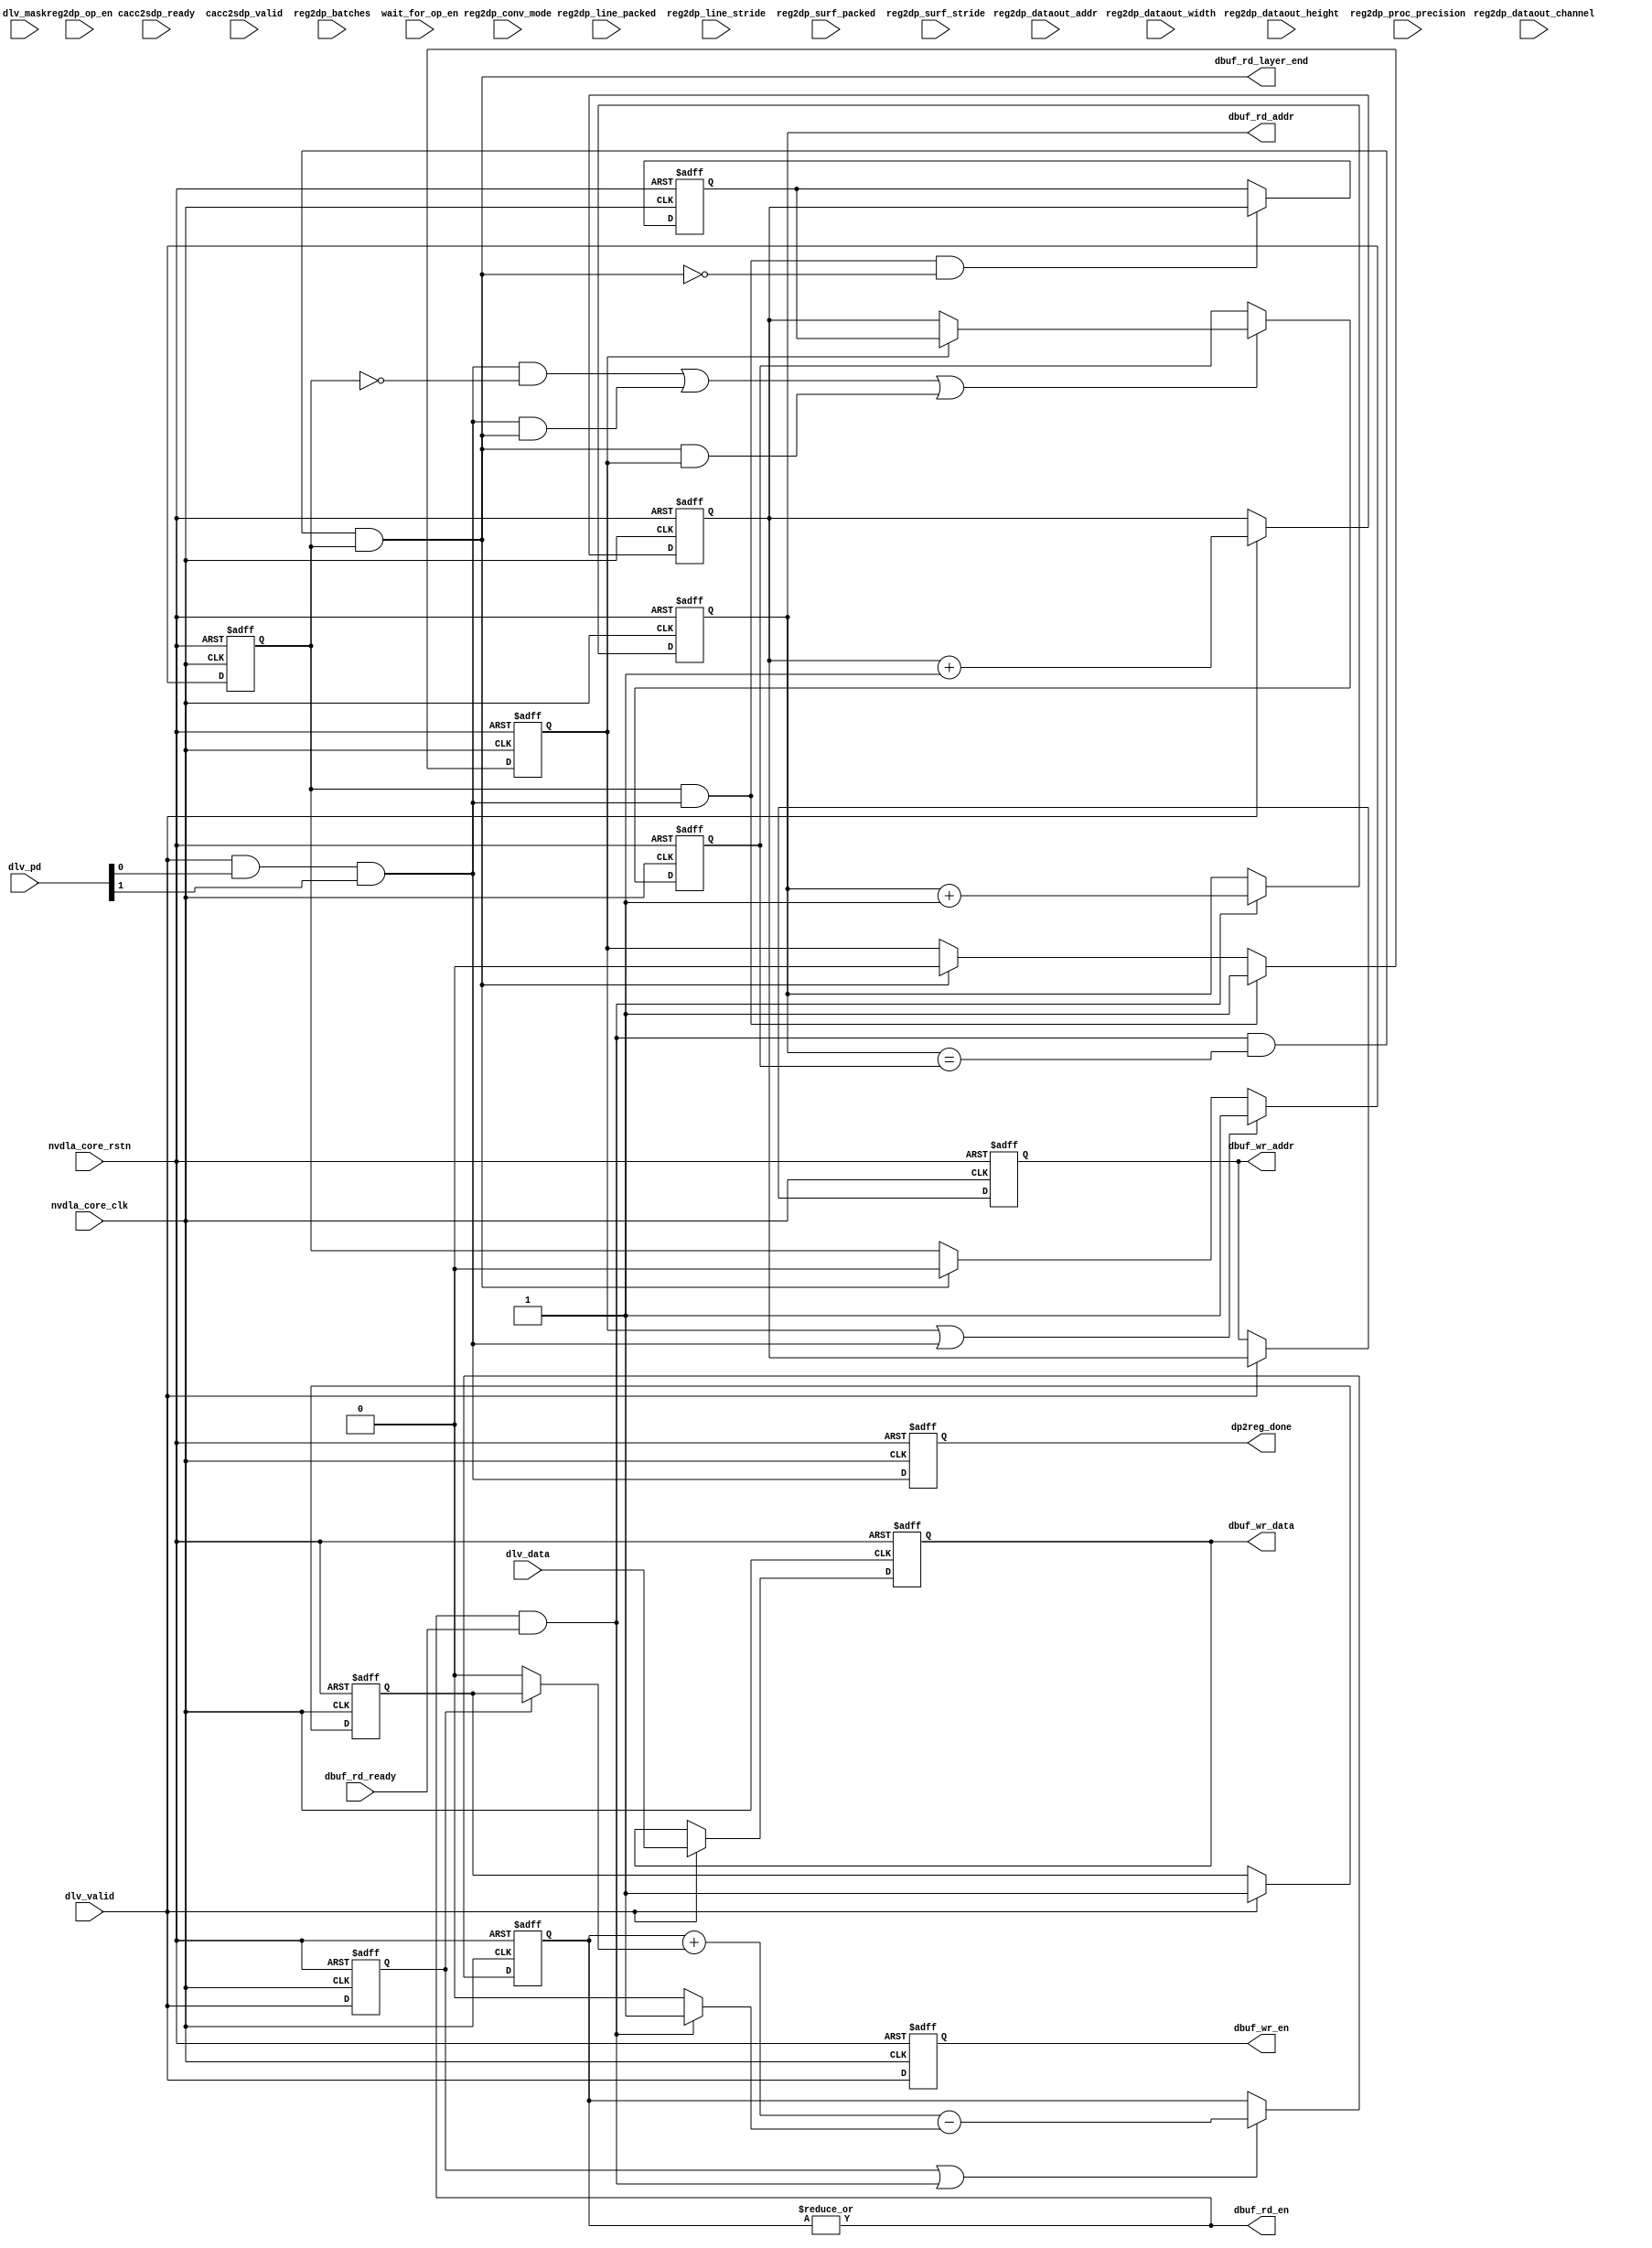
// ================================================================
// NVDLA Open Source Project
//
// Copyright(c) 2016 - 2017 NVIDIA Corporation. Licensed under the
// NVDLA Open Hardware License; Check "LICENSE" which comes with
// this distribution for more information.
// ================================================================
// ================================================================
// NVDLA Open Source Project
// 
// Copyright(c) 2016 - 2017 NVIDIA Corporation.  Licensed under the
// NVDLA Open Hardware License; Check "LICENSE" which comes with 
// this distribution for more information.
// ================================================================
module NV_NVDLA_CACC_delivery_ctrl (
   nvdla_core_clk
  ,nvdla_core_rstn
  ,cacc2sdp_ready
  ,cacc2sdp_valid
  ,dbuf_rd_ready
  ,dlv_data
  ,dlv_mask
  ,dlv_pd
  ,dlv_valid
  ,reg2dp_batches
  ,reg2dp_conv_mode
  ,reg2dp_dataout_addr
  ,reg2dp_dataout_channel
  ,reg2dp_dataout_height
  ,reg2dp_dataout_width
  ,reg2dp_line_packed
  ,reg2dp_line_stride
  ,reg2dp_op_en
  ,reg2dp_proc_precision
  ,reg2dp_surf_packed
  ,reg2dp_surf_stride
  ,wait_for_op_en
  ,dbuf_rd_addr
  ,dbuf_rd_en
  ,dbuf_rd_layer_end
  ,dbuf_wr_addr
  ,dbuf_wr_data
  ,dbuf_wr_en
  ,dp2reg_done
  );
input [0:0] reg2dp_op_en;
input [0:0] reg2dp_conv_mode;
input [1:0] reg2dp_proc_precision;
input [12:0] reg2dp_dataout_width;
input [12:0] reg2dp_dataout_height;
input [12:0] reg2dp_dataout_channel;
input [31-3:0] reg2dp_dataout_addr;
input [0:0] reg2dp_line_packed;
input [0:0] reg2dp_surf_packed;
input [4:0] reg2dp_batches;
input [23:0] reg2dp_line_stride;
input [23:0] reg2dp_surf_stride;
input nvdla_core_clk;
input nvdla_core_rstn;
input cacc2sdp_ready;
input cacc2sdp_valid;
input dbuf_rd_ready;
input[32*8 -1:0] dlv_data;
input dlv_mask;
input [1:0] dlv_pd;
input dlv_valid;
input wait_for_op_en;
output [3 +1 -1:0] dbuf_rd_addr;
output dbuf_rd_en;
output dbuf_rd_layer_end;
output [3 +1 -1:0] dbuf_wr_addr;
output [32*8 -1:0] dbuf_wr_data;
output dbuf_wr_en;
output dp2reg_done;
// spyglass disable_block NoWidthInBasedNum-ML
// spyglass disable_block STARC-2.10.1.6
//////////////////////////////////////////////////////////////
///// parse input status signal                          /////
//////////////////////////////////////////////////////////////
wire dlv_stripe_end = dlv_pd[0];
wire dlv_layer_end = dlv_pd[1];
//////////////////////////////////////////////////////////////
///// register input signal from regfile                 /////
//////////////////////////////////////////////////////////////
wire [12 -6:0] cur_channel_w = {reg2dp_dataout_channel[12 -1:5]} ;
//: my $kk = 12 -5;
//: my $aw = 32-3;
//: &eperl::flop(" -q  cur_op_en  -en wait_for_op_en & \"reg2dp_op_en\" -d  \"reg2dp_op_en\" -clk nvdla_core_clk -rst nvdla_core_rstn -rval 0");
//: &eperl::flop(" -q  cur_conv_mode  -en \"wait_for_op_en & reg2dp_op_en\" -d  \"reg2dp_conv_mode\" -clk nvdla_core_clk -rst nvdla_core_rstn -rval 0");
//: &eperl::flop("-wid 2 -q  cur_proc_precision  -en \"wait_for_op_en & reg2dp_op_en\" -d  \"reg2dp_proc_precision\" -clk nvdla_core_clk -rst nvdla_core_rstn -rval 0");
//: &eperl::flop("-wid 13 -q  cur_width  -en \"wait_for_op_en & reg2dp_op_en\" -d  \"reg2dp_dataout_width\" -clk nvdla_core_clk -rst nvdla_core_rstn -rval 0");
//: &eperl::flop("-wid 13 -q  cur_height  -en \"wait_for_op_en & reg2dp_op_en\" -d  \"reg2dp_dataout_height\" -clk nvdla_core_clk -rst nvdla_core_rstn -rval 0");
//: &eperl::flop("-wid ${kk} -q  cur_channel  -en \"wait_for_op_en & reg2dp_op_en\" -d  \"cur_channel_w\" -clk nvdla_core_clk -rst nvdla_core_rstn -rval 0");
//: &eperl::flop("-wid $aw -q  cur_dataout_addr  -en \"wait_for_op_en & reg2dp_op_en\" -d  \"reg2dp_dataout_addr\" -clk nvdla_core_clk -rst nvdla_core_rstn -rval 0");
//: &eperl::flop("-wid 5 -q  cur_batches  -en \"wait_for_op_en & reg2dp_op_en\" -d  \"reg2dp_batches\" -clk nvdla_core_clk -rst nvdla_core_rstn -rval 0");
//: &eperl::flop("-wid 24 -q  cur_line_stride  -en \"wait_for_op_en & reg2dp_op_en\" -d  \"reg2dp_line_stride\" -clk nvdla_core_clk -rst nvdla_core_rstn -rval 0");
//: &eperl::flop("-wid 24 -q  cur_surf_stride  -en \"wait_for_op_en & reg2dp_op_en\" -d  \"reg2dp_surf_stride\" -clk nvdla_core_clk -rst nvdla_core_rstn -rval 0");
//: &eperl::flop(" -q  cur_line_packed  -en \"wait_for_op_en & reg2dp_op_en\" -d  \"reg2dp_line_packed\" -clk nvdla_core_clk -rst nvdla_core_rstn -rval 0");
//: &eperl::flop(" -q  cur_surf_packed  -en \"wait_for_op_en & reg2dp_op_en\" -d  \"reg2dp_surf_packed\" -clk nvdla_core_clk -rst nvdla_core_rstn -rval 0");
//| eperl: generated_beg (DO NOT EDIT BELOW)
reg  cur_op_en;
always @(posedge nvdla_core_clk or negedge nvdla_core_rstn) begin
   if (!nvdla_core_rstn) begin
       cur_op_en <= 'b0;
   end else begin
       if ((wait_for_op_en) == 1'b1) begin
           cur_op_en <= reg2dp_op_en;
       // VCS coverage off
       end else if ((wait_for_op_en) == 1'b0) begin
       end else begin
           cur_op_en <= 'bx;
       // VCS coverage on
       end
   end
end
reg  cur_conv_mode;
always @(posedge nvdla_core_clk or negedge nvdla_core_rstn) begin
   if (!nvdla_core_rstn) begin
       cur_conv_mode <= 'b0;
   end else begin
       if ((wait_for_op_en & reg2dp_op_en) == 1'b1) begin
           cur_conv_mode <= reg2dp_conv_mode;
       // VCS coverage off
       end else if ((wait_for_op_en & reg2dp_op_en) == 1'b0) begin
       end else begin
           cur_conv_mode <= 'bx;
       // VCS coverage on
       end
   end
end
reg [1:0] cur_proc_precision;
always @(posedge nvdla_core_clk or negedge nvdla_core_rstn) begin
   if (!nvdla_core_rstn) begin
       cur_proc_precision <= 'b0;
   end else begin
       if ((wait_for_op_en & reg2dp_op_en) == 1'b1) begin
           cur_proc_precision <= reg2dp_proc_precision;
       // VCS coverage off
       end else if ((wait_for_op_en & reg2dp_op_en) == 1'b0) begin
       end else begin
           cur_proc_precision <= 'bx;
       // VCS coverage on
       end
   end
end
reg [12:0] cur_width;
always @(posedge nvdla_core_clk or negedge nvdla_core_rstn) begin
   if (!nvdla_core_rstn) begin
       cur_width <= 'b0;
   end else begin
       if ((wait_for_op_en & reg2dp_op_en) == 1'b1) begin
           cur_width <= reg2dp_dataout_width;
       // VCS coverage off
       end else if ((wait_for_op_en & reg2dp_op_en) == 1'b0) begin
       end else begin
           cur_width <= 'bx;
       // VCS coverage on
       end
   end
end
reg [12:0] cur_height;
always @(posedge nvdla_core_clk or negedge nvdla_core_rstn) begin
   if (!nvdla_core_rstn) begin
       cur_height <= 'b0;
   end else begin
       if ((wait_for_op_en & reg2dp_op_en) == 1'b1) begin
           cur_height <= reg2dp_dataout_height;
       // VCS coverage off
       end else if ((wait_for_op_en & reg2dp_op_en) == 1'b0) begin
       end else begin
           cur_height <= 'bx;
       // VCS coverage on
       end
   end
end
reg [6:0] cur_channel;
always @(posedge nvdla_core_clk or negedge nvdla_core_rstn) begin
   if (!nvdla_core_rstn) begin
       cur_channel <= 'b0;
   end else begin
       if ((wait_for_op_en & reg2dp_op_en) == 1'b1) begin
           cur_channel <= cur_channel_w;
       // VCS coverage off
       end else if ((wait_for_op_en & reg2dp_op_en) == 1'b0) begin
       end else begin
           cur_channel <= 'bx;
       // VCS coverage on
       end
   end
end
reg [28:0] cur_dataout_addr;
always @(posedge nvdla_core_clk or negedge nvdla_core_rstn) begin
   if (!nvdla_core_rstn) begin
       cur_dataout_addr <= 'b0;
   end else begin
       if ((wait_for_op_en & reg2dp_op_en) == 1'b1) begin
           cur_dataout_addr <= reg2dp_dataout_addr;
       // VCS coverage off
       end else if ((wait_for_op_en & reg2dp_op_en) == 1'b0) begin
       end else begin
           cur_dataout_addr <= 'bx;
       // VCS coverage on
       end
   end
end
reg [4:0] cur_batches;
always @(posedge nvdla_core_clk or negedge nvdla_core_rstn) begin
   if (!nvdla_core_rstn) begin
       cur_batches <= 'b0;
   end else begin
       if ((wait_for_op_en & reg2dp_op_en) == 1'b1) begin
           cur_batches <= reg2dp_batches;
       // VCS coverage off
       end else if ((wait_for_op_en & reg2dp_op_en) == 1'b0) begin
       end else begin
           cur_batches <= 'bx;
       // VCS coverage on
       end
   end
end
reg [23:0] cur_line_stride;
always @(posedge nvdla_core_clk or negedge nvdla_core_rstn) begin
   if (!nvdla_core_rstn) begin
       cur_line_stride <= 'b0;
   end else begin
       if ((wait_for_op_en & reg2dp_op_en) == 1'b1) begin
           cur_line_stride <= reg2dp_line_stride;
       // VCS coverage off
       end else if ((wait_for_op_en & reg2dp_op_en) == 1'b0) begin
       end else begin
           cur_line_stride <= 'bx;
       // VCS coverage on
       end
   end
end
reg [23:0] cur_surf_stride;
always @(posedge nvdla_core_clk or negedge nvdla_core_rstn) begin
   if (!nvdla_core_rstn) begin
       cur_surf_stride <= 'b0;
   end else begin
       if ((wait_for_op_en & reg2dp_op_en) == 1'b1) begin
           cur_surf_stride <= reg2dp_surf_stride;
       // VCS coverage off
       end else if ((wait_for_op_en & reg2dp_op_en) == 1'b0) begin
       end else begin
           cur_surf_stride <= 'bx;
       // VCS coverage on
       end
   end
end
reg  cur_line_packed;
always @(posedge nvdla_core_clk or negedge nvdla_core_rstn) begin
   if (!nvdla_core_rstn) begin
       cur_line_packed <= 'b0;
   end else begin
       if ((wait_for_op_en & reg2dp_op_en) == 1'b1) begin
           cur_line_packed <= reg2dp_line_packed;
       // VCS coverage off
       end else if ((wait_for_op_en & reg2dp_op_en) == 1'b0) begin
       end else begin
           cur_line_packed <= 'bx;
       // VCS coverage on
       end
   end
end
reg  cur_surf_packed;
always @(posedge nvdla_core_clk or negedge nvdla_core_rstn) begin
   if (!nvdla_core_rstn) begin
       cur_surf_packed <= 'b0;
   end else begin
       if ((wait_for_op_en & reg2dp_op_en) == 1'b1) begin
           cur_surf_packed <= reg2dp_surf_packed;
       // VCS coverage off
       end else if ((wait_for_op_en & reg2dp_op_en) == 1'b0) begin
       end else begin
           cur_surf_packed <= 'bx;
       // VCS coverage on
       end
   end
end

//| eperl: generated_end (DO NOT EDIT ABOVE)
//////////////////////////////////////////////////////////////
///// generate current status signals                    /////
//////////////////////////////////////////////////////////////
wire is_int8_w = (reg2dp_proc_precision == 2'h0);
wire is_int8 = (cur_proc_precision == 2'h0);
wire is_winograd = 1'b0;
//////////////////////////////////////////////////////////////
///// generate write signal, 1 pipe for write data
//////////////////////////////////////////////////////////////
wire dbuf_wr_en_w = dlv_valid;
wire [32*8 -1:0] dbuf_wr_data_w = dlv_data;
reg [3 +1 -1:0] dbuf_wr_addr_pre;
reg [3 +1 -1:0] dbuf_wr_addr;
wire [3 +1 -1:0] dbuf_wr_addr_w;
wire mon_dbuf_wr_addr_w;
assign {mon_dbuf_wr_addr_w, dbuf_wr_addr_w} = dbuf_wr_addr_pre + 1'b1;
//: my $kk=32*8;
//: &eperl::flop("-nodeclare -q  dbuf_wr_addr_pre  -en \"dlv_valid\" -d  \"dbuf_wr_addr_w\" -clk nvdla_core_clk -rst nvdla_core_rstn -rval 0");
//: &eperl::flop("-nodeclare -q  dbuf_wr_addr  -en \"dlv_valid\" -d  \"dbuf_wr_addr_pre\" -clk nvdla_core_clk -rst nvdla_core_rstn -rval 0");
//: &eperl::flop(" -q  dbuf_wr_en -d  \"dbuf_wr_en_w\" -clk nvdla_core_clk -rst nvdla_core_rstn -rval 0");
//: &eperl::flop("-wid ${kk} -q  dbuf_wr_data  -en \"dbuf_wr_en_w\" -d  \"dbuf_wr_data_w\" -clk nvdla_core_clk -rst nvdla_core_rstn");
//| eperl: generated_beg (DO NOT EDIT BELOW)
always @(posedge nvdla_core_clk or negedge nvdla_core_rstn) begin
   if (!nvdla_core_rstn) begin
       dbuf_wr_addr_pre <= 'b0;
   end else begin
       if ((dlv_valid) == 1'b1) begin
           dbuf_wr_addr_pre <= dbuf_wr_addr_w;
       // VCS coverage off
       end else if ((dlv_valid) == 1'b0) begin
       end else begin
           dbuf_wr_addr_pre <= 'bx;
       // VCS coverage on
       end
   end
end
always @(posedge nvdla_core_clk or negedge nvdla_core_rstn) begin
   if (!nvdla_core_rstn) begin
       dbuf_wr_addr <= 'b0;
   end else begin
       if ((dlv_valid) == 1'b1) begin
           dbuf_wr_addr <= dbuf_wr_addr_pre;
       // VCS coverage off
       end else if ((dlv_valid) == 1'b0) begin
       end else begin
           dbuf_wr_addr <= 'bx;
       // VCS coverage on
       end
   end
end
reg  dbuf_wr_en;
always @(posedge nvdla_core_clk or negedge nvdla_core_rstn) begin
   if (!nvdla_core_rstn) begin
       dbuf_wr_en <= 'b0;
   end else begin
       dbuf_wr_en <= dbuf_wr_en_w;
   end
end
reg [255:0] dbuf_wr_data;
always @(posedge nvdla_core_clk or negedge nvdla_core_rstn) begin
   if (!nvdla_core_rstn) begin
       dbuf_wr_data <= 'b0;
   end else begin
       if ((dbuf_wr_en_w) == 1'b1) begin
           dbuf_wr_data <= dbuf_wr_data_w;
       // VCS coverage off
       end else if ((dbuf_wr_en_w) == 1'b0) begin
       end else begin
           dbuf_wr_data <= 'bx;
       // VCS coverage on
       end
   end
end

//| eperl: generated_end (DO NOT EDIT ABOVE)
///// generate stored data size, add delay for write, due to ecc,could set 0 currently.
wire dlv_push_valid = dlv_valid;
wire dlv_push_size = 1'b1;
//: my $latency = 1;
//: print "wire dlv_push_valid_d0 = dlv_push_valid;\n";
//: print "wire dlv_push_size_d0 = dlv_push_size;\n";
//:
//: for(my $i = 0; $i < $latency; $i ++) {
//: my $j = $i + 1;
//: &eperl::flop(" -q  dlv_push_valid_d${j}  -d \"dlv_push_valid_d${i}\" -clk nvdla_core_clk -rst nvdla_core_rstn -rval 0");
//: &eperl::flop(" -q  dlv_push_size_d${j}  -en \"dlv_push_valid_d${i}\" -d  \"dlv_push_size_d${i}\" -clk nvdla_core_clk -rst nvdla_core_rstn -rval 0");
//: }
//:
//: print "wire dlv_data_add_valid = dlv_push_valid_d${latency};\n";
//: print "wire dlv_data_add_size = dlv_push_size_d${latency};\n";
//| eperl: generated_beg (DO NOT EDIT BELOW)
wire dlv_push_valid_d0 = dlv_push_valid;
wire dlv_push_size_d0 = dlv_push_size;
reg  dlv_push_valid_d1;
always @(posedge nvdla_core_clk or negedge nvdla_core_rstn) begin
   if (!nvdla_core_rstn) begin
       dlv_push_valid_d1 <= 'b0;
   end else begin
       dlv_push_valid_d1 <= dlv_push_valid_d0;
   end
end
reg  dlv_push_size_d1;
always @(posedge nvdla_core_clk or negedge nvdla_core_rstn) begin
   if (!nvdla_core_rstn) begin
       dlv_push_size_d1 <= 'b0;
   end else begin
       if ((dlv_push_valid_d0) == 1'b1) begin
           dlv_push_size_d1 <= dlv_push_size_d0;
       // VCS coverage off
       end else if ((dlv_push_valid_d0) == 1'b0) begin
       end else begin
           dlv_push_size_d1 <= 'bx;
       // VCS coverage on
       end
   end
end
wire dlv_data_add_valid = dlv_push_valid_d1;
wire dlv_data_add_size = dlv_push_size_d1;

//| eperl: generated_end (DO NOT EDIT ABOVE)
//// dbuffer data counter 
wire dlv_pop;
wire [8*2 -1:0] dlv_data_avl_w;
wire mon_dlv_data_avl_w;
reg [8*2 -1:0] dlv_data_avl;
wire dlv_data_avl_add = dlv_data_add_valid ? dlv_data_add_size : 1'h0;
wire dlv_data_avl_sub = dlv_pop ? 1'b1 : 1'b0;
wire dlv_data_sub_valid = dlv_pop;
assign {mon_dlv_data_avl_w,dlv_data_avl_w} = dlv_data_avl + dlv_data_avl_add - dlv_data_avl_sub;
//: my $kk=8*2;
//: &eperl::flop("-nodeclare -wid ${kk} -q  dlv_data_avl  -en \"dlv_data_add_valid | dlv_data_sub_valid\" -d  \"dlv_data_avl_w\" -clk nvdla_core_clk -rst nvdla_core_rstn -rval 0");
//| eperl: generated_beg (DO NOT EDIT BELOW)
always @(posedge nvdla_core_clk or negedge nvdla_core_rstn) begin
   if (!nvdla_core_rstn) begin
       dlv_data_avl <= 'b0;
   end else begin
       if ((dlv_data_add_valid | dlv_data_sub_valid) == 1'b1) begin
           dlv_data_avl <= dlv_data_avl_w;
       // VCS coverage off
       end else if ((dlv_data_add_valid | dlv_data_sub_valid) == 1'b0) begin
       end else begin
           dlv_data_avl <= 'bx;
       // VCS coverage on
       end
   end
end

//| eperl: generated_end (DO NOT EDIT ABOVE)
///// generate dbuf read request                
reg [3 +1 -1:0] dbuf_rd_addr_cnt;
wire [3 +1 -1:0] dbuf_rd_addr_cnt_inc;
wire mon_dbuf_rd_addr_cnt_inc;
assign dlv_pop = dbuf_rd_en & dbuf_rd_ready;
assign {mon_dbuf_rd_addr_cnt_inc,dbuf_rd_addr_cnt_inc} = dbuf_rd_addr_cnt + 1'b1;
wire dbuf_empty = ~(|dlv_data_avl);
assign dbuf_rd_en = ~dbuf_empty;
assign dbuf_rd_addr = dbuf_rd_addr_cnt;
//: &eperl::flop("-nodeclare -q  dbuf_rd_addr_cnt  -en \"dlv_pop\" -d  \"dbuf_rd_addr_cnt_inc\" -clk nvdla_core_clk -rst nvdla_core_rstn -rval 0");
//| eperl: generated_beg (DO NOT EDIT BELOW)
always @(posedge nvdla_core_clk or negedge nvdla_core_rstn) begin
   if (!nvdla_core_rstn) begin
       dbuf_rd_addr_cnt <= 'b0;
   end else begin
       if ((dlv_pop) == 1'b1) begin
           dbuf_rd_addr_cnt <= dbuf_rd_addr_cnt_inc;
       // VCS coverage off
       end else if ((dlv_pop) == 1'b0) begin
       end else begin
           dbuf_rd_addr_cnt <= 'bx;
       // VCS coverage on
       end
   end
end

//| eperl: generated_end (DO NOT EDIT ABOVE)
/////// generate dp2reg_done signal
wire dp2reg_done_w = dlv_valid & dlv_stripe_end & dlv_layer_end;
//: &eperl::flop(" -q  dp2reg_done  -d \"dp2reg_done_w\" -clk nvdla_core_clk -rst nvdla_core_rstn -rval 0");
//| eperl: generated_beg (DO NOT EDIT BELOW)
reg  dp2reg_done;
always @(posedge nvdla_core_clk or negedge nvdla_core_rstn) begin
   if (!nvdla_core_rstn) begin
       dp2reg_done <= 'b0;
   end else begin
       dp2reg_done <= dp2reg_done_w;
   end
end

//| eperl: generated_end (DO NOT EDIT ABOVE)
/////// generate output package for sdp             
reg [3 +1 -1:0] dlv_end_tag0_addr;
reg [3 +1 -1:0] dlv_end_tag1_addr;
reg dlv_end_tag0_vld;
reg dlv_end_tag1_vld;
wire dlv_end_set = dlv_valid & dlv_stripe_end & dlv_layer_end;
wire [3 +1 -1:0] dlv_end_addr_w = dbuf_wr_addr_pre;
wire dlv_end_clr = dlv_pop & (dbuf_rd_addr == dlv_end_tag0_addr) & dlv_end_tag0_vld;
wire dlv_end_tag0_vld_w = (dlv_end_tag1_vld | dlv_end_set) ? 1'b1 : dlv_end_clr ? 1'b0 : dlv_end_tag0_vld;
wire dlv_end_tag1_vld_w = (dlv_end_tag0_vld & dlv_end_set) ? 1'b1 : dlv_end_clr ? 1'b0 : dlv_end_tag1_vld;
wire dlv_end_tag0_en = (dlv_end_set & ~dlv_end_tag0_vld) | (dlv_end_set & dlv_end_clr) |(dlv_end_clr & dlv_end_tag1_vld);
wire dlv_end_tag1_en = (dlv_end_set & dlv_end_tag0_vld & ~dlv_end_clr);
wire [3 +1 -1:0] dlv_end_tag0_addr_w = dlv_end_tag1_vld ? dlv_end_tag1_addr : dlv_end_addr_w;
wire [3 +1 -1:0] dlv_end_tag1_addr_w = dlv_end_addr_w;
wire dbuf_rd_layer_end = dlv_end_clr;
//: &eperl::flop("-nodeclare -q  dlv_end_tag0_vld  -d \"dlv_end_tag0_vld_w\" -clk nvdla_core_clk -rst nvdla_core_rstn -rval 0");
//: &eperl::flop("-nodeclare -q  dlv_end_tag1_vld  -d \"dlv_end_tag1_vld_w\" -clk nvdla_core_clk -rst nvdla_core_rstn -rval 0");
//: &eperl::flop("-nodeclare -q  dlv_end_tag0_addr  -en \"dlv_end_tag0_en\" -d  \"dlv_end_tag0_addr_w\" -clk nvdla_core_clk -rst nvdla_core_rstn -rval 0");
//: &eperl::flop("-nodeclare -q  dlv_end_tag1_addr  -en \"dlv_end_tag1_en\" -d  \"dlv_end_tag1_addr_w\" -clk nvdla_core_clk -rst nvdla_core_rstn -rval 0");
//| eperl: generated_beg (DO NOT EDIT BELOW)
always @(posedge nvdla_core_clk or negedge nvdla_core_rstn) begin
   if (!nvdla_core_rstn) begin
       dlv_end_tag0_vld <= 'b0;
   end else begin
       dlv_end_tag0_vld <= dlv_end_tag0_vld_w;
   end
end
always @(posedge nvdla_core_clk or negedge nvdla_core_rstn) begin
   if (!nvdla_core_rstn) begin
       dlv_end_tag1_vld <= 'b0;
   end else begin
       dlv_end_tag1_vld <= dlv_end_tag1_vld_w;
   end
end
always @(posedge nvdla_core_clk or negedge nvdla_core_rstn) begin
   if (!nvdla_core_rstn) begin
       dlv_end_tag0_addr <= 'b0;
   end else begin
       if ((dlv_end_tag0_en) == 1'b1) begin
           dlv_end_tag0_addr <= dlv_end_tag0_addr_w;
       // VCS coverage off
       end else if ((dlv_end_tag0_en) == 1'b0) begin
       end else begin
           dlv_end_tag0_addr <= 'bx;
       // VCS coverage on
       end
   end
end
always @(posedge nvdla_core_clk or negedge nvdla_core_rstn) begin
   if (!nvdla_core_rstn) begin
       dlv_end_tag1_addr <= 'b0;
   end else begin
       if ((dlv_end_tag1_en) == 1'b1) begin
           dlv_end_tag1_addr <= dlv_end_tag1_addr_w;
       // VCS coverage off
       end else if ((dlv_end_tag1_en) == 1'b0) begin
       end else begin
           dlv_end_tag1_addr <= 'bx;
       // VCS coverage on
       end
   end
end

//| eperl: generated_end (DO NOT EDIT ABOVE)
// spyglass enable_block NoWidthInBasedNum-ML
// spyglass enable_block STARC-2.10.1.6
endmodule